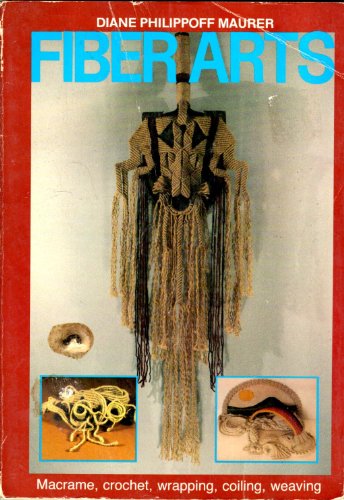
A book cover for Fiber Arts: Macrame, Crochet, Wrapping, Coiling, Weaving (Chilton's creative crafts series); Diane Philippoff Maurer; Crafts, Hobbies & Home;